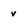
Character: v